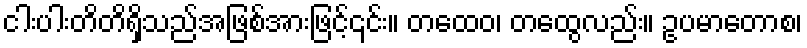
ငါးပါးတိတိရှိသည်အဖြစ်အားဖြင့်၎င်း။ တထေဝ၊ တထွေလည်း။ ဥပမာတောစ၊